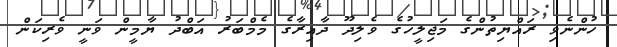
ހުންނެވި ރައްޔިތުންގެ މަޖިލީހުގެ ވެލިދޫ ދާއިރާގެ މެމްބަރު އަބްދު ޔާމީން ވަނީ ވެރިކަން